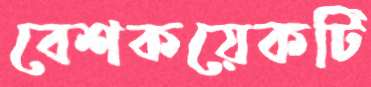
বেশকয়েকটি